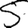
Digit: 5